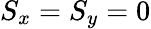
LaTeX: S_{x}=S_{y}=0